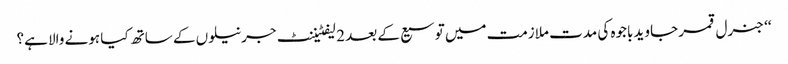
‘‘ جنرل قمر جاوید باجوہ کی مدت ملازمت میں توسیع کے بعد 2 لیفٹیننٹ جرنیلوں کے ساتھ کیا ہونے والا ہے؟